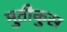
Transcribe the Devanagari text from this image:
मुतीकुस